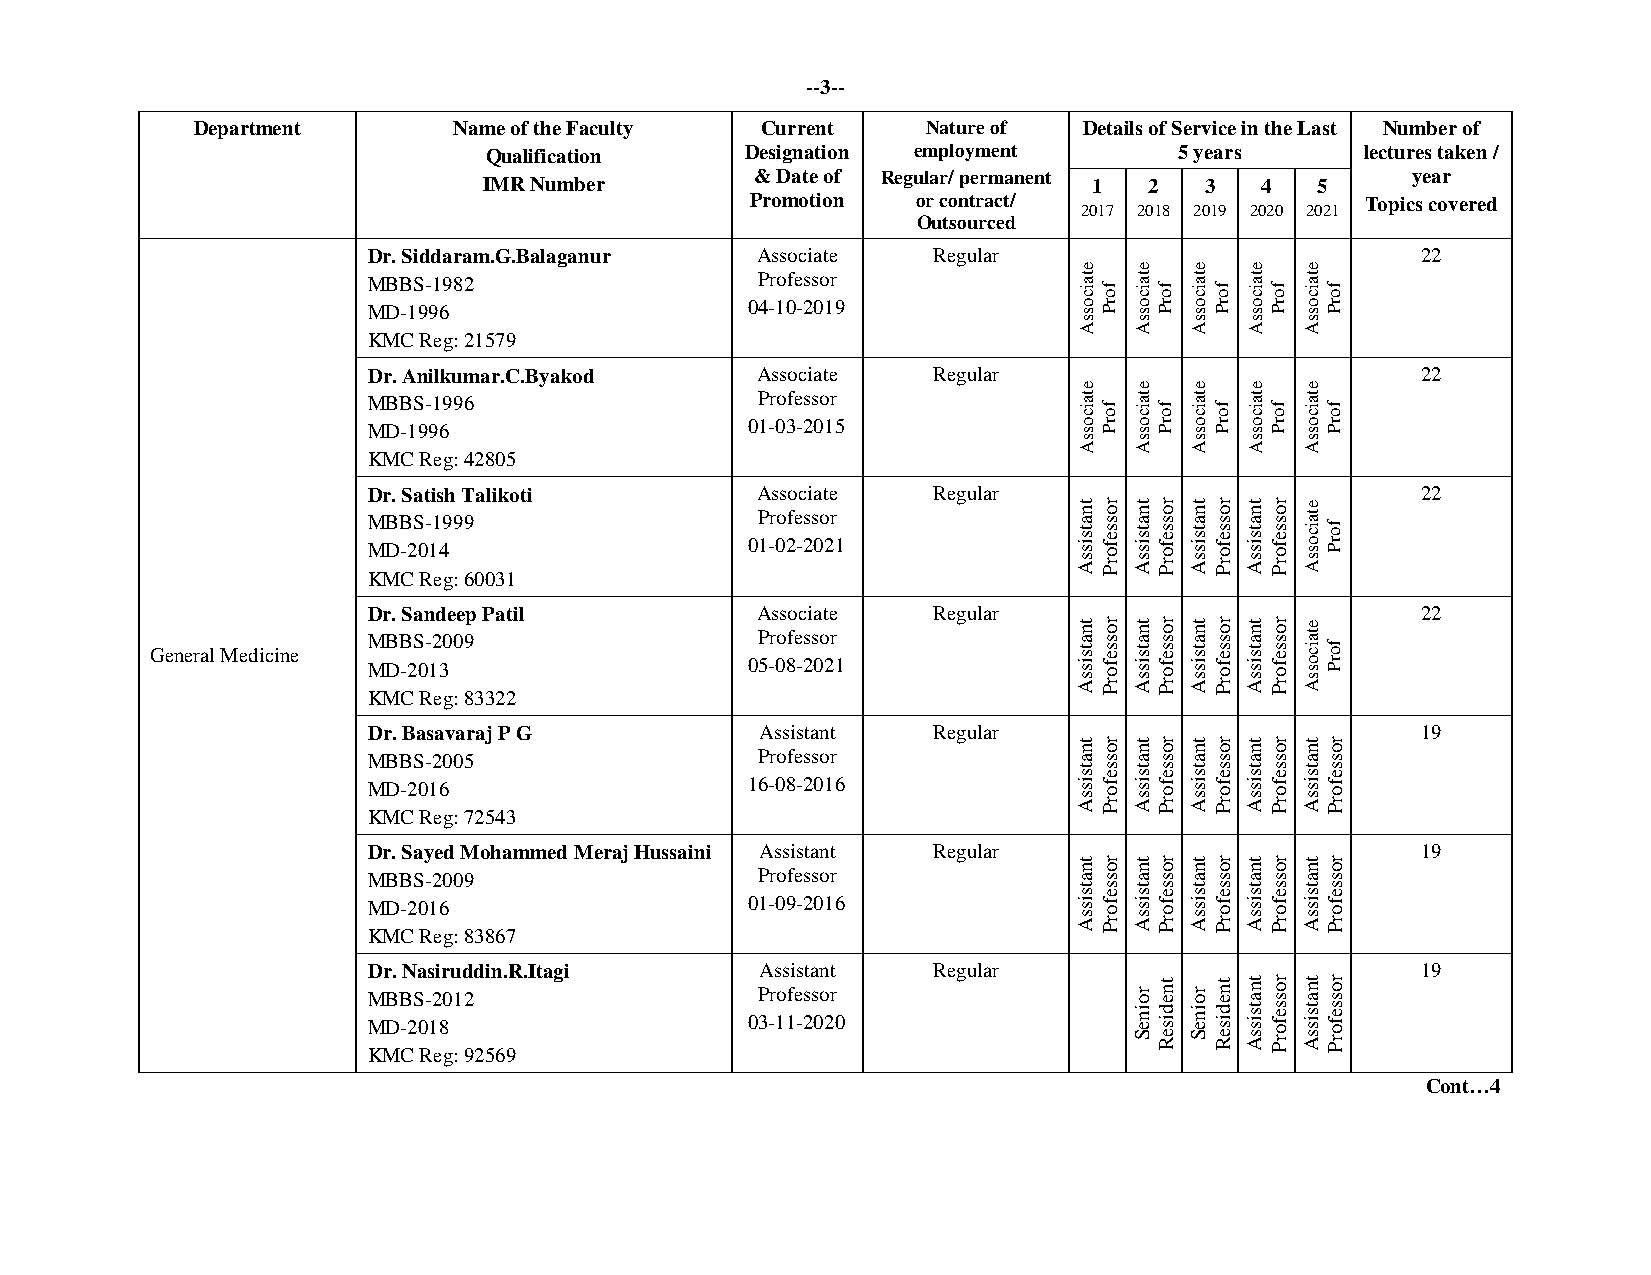
--3--
 Department       Name of the Faculty Current    Nature of  Details of Service in the Last Number of
 Qualification    Designation employment       5 years     lectures taken /
 & Date of Regular/ permanent               year
 IMR Number                              1   2   3  4   5
 Promotion  or contract/
 2017 2018 2019 2020 2021
 Topics covered
 Outsourced
 Dr. Siddaram.G.Balaganur  Associate   Regular                         22
 MBBS-1982                 Professor
 MD-1996                   04-10-2019
 KMC Reg: 21579
 Dr. Anilkumar.C.Byakod    Associate   Regular                         22
 MBBS-1996                 Professor
 MD-1996                   01-03-2015
 KMC Reg: 42805
 Dr. Satish Talikoti       Associate   Regular                         22
 MBBS-1999                 Professor
 MD-2014                   01-02-2021
 KMC Reg: 60031
 Dr. Sandeep Patil         Associate   Regular                         22
 MBBS-2009                 Professor
 General Medicine
 MD-2013                   05-08-2021
 KMC Reg: 83322
 Dr. Basavaraj P G         Assistant   Regular                         19
 MBBS-2005                 Professor
 MD-2016                   16-08-2016
 KMC Reg: 72543
 Dr. Sayed Mohammed Meraj Hussaini Assistant Regular                   19
 MBBS-2009                 Professor
 MD-2016                   01-09-2016
 KMC Reg: 83867
 Dr. Nasiruddin.R.Itagi    Assistant   Regular                         19
 MBBS-2012                 Professor
 MD-2018                   03-11-2020
 KMC Reg: 92569
 Cont…4
 etaicossA
 etaicossA
 tnatsissA
 tnatsissA
 tnatsissA
 tnatsissA
 forP
 forP
 rosseforP
 rosseforP
 rosseforP
 rosseforP
 etaicossA
 etaicossA
 tnatsissA
 tnatsissA
 tnatsissA
 tnatsissA
 roineS
 forP
 forP
 rosseforP
 rosseforP
 rosseforP
 rosseforP
 tnediseR
 etaicossA
 etaicossA
 tnatsissA
 tnatsissA
 tnatsissA
 tnatsissA
 roineS
 forP
 forP
 rosseforP
 rosseforP
 rosseforP
 rosseforP
 tnediseR
 etaicossA
 etaicossA
 tnatsissA
 tnatsissA
 tnatsissA
 tnatsissA
 tnatsissA
 forP
 forP
 rosseforP
 rosseforP
 rosseforP
 rosseforP
 rosseforP
 etaicossA
 etaicossA
 etaicossA
 etaicossA
 tnatsissA
 tnatsissA
 tnatsissA
 forP
 forP
 forP
 forP
 rosseforP
 rosseforP
 rosseforP